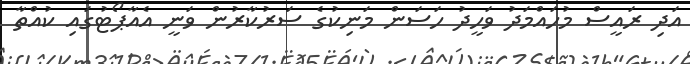
އަދި ރައީސް މުހައްމަދު ވަހީދު ހަސަން މަނިކުގެ ސަރުކާރުން ވަނީ އެއާޕޯޓުގައި ކުއްތާ